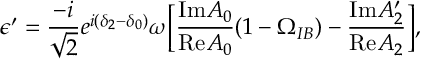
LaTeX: \epsilon ^ { \prime } = \frac { - i } { \sqrt { 2 } } e ^ { i ( \delta _ { 2 } - \delta _ { 0 } ) } \omega \biggl [ \frac { \mathrm { I m } A _ { 0 } } { \mathrm { R e } A _ { 0 } } ( 1 - \Omega _ { I B } ) - \frac { \mathrm { I m } A _ { 2 } ^ { \prime } } { \mathrm { R e } A _ { 2 } } \biggr ] ,